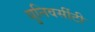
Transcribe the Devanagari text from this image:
युनिवर्सीटी